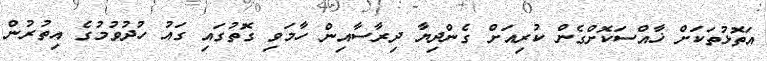
އަތޮޅުތަކަށް ޚާއްސަކޮށްގެން ކުރިއަށް ގެންދިޔާ ދިރާސާއިން ހާމަވި ގޮތުގައި ގައު ހުދުވުމުގެ އިތުރުން